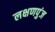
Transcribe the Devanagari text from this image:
लक्षणपुंज